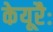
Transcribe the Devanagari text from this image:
केयूरैः